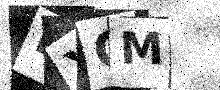
Text: EXGM